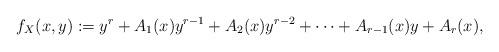
LaTeX: \begin{align*}f_X(x,y):=y^r + A_{1}(x) y^{r-1}+ A_{2}(x) y^{r-2}+\cdots + A_{r-1}(x) y + A_{r}(x),\end{align*}